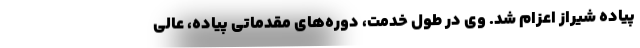
پیاده شیراز اعزام شد. وی در طول خدمت، دوره‌های مقدماتی پیاده، عالی